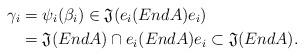
LaTeX: \begin{align*}\gamma_i&=\psi_i(\beta_i)\in \mathfrak{J}(e_i(EndA)e_i)\\&=\mathfrak{J}(EndA)\cap e_i(EndA)e_i\subset \mathfrak{J}(EndA).\end{align*}